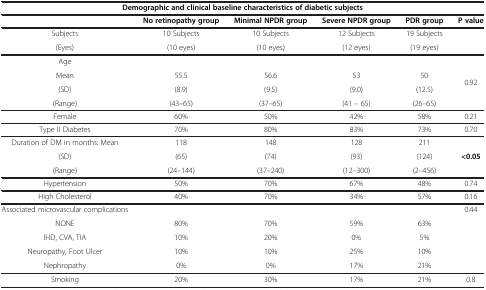
<table><thead><tr><td colspan="6"><b>Demographic and clinical baseline characteristics of diabetic subjects</b></td></tr><tr><td><b> </b></td><td><b>No retinopathy group</b></td><td><b>Minimal NPDR group</b></td><td><b>Severe NPDR group</b></td><td><b>PDR group</b></td><td><b>P value</b></td></tr></thead><tbody><tr><td>Subjects</td><td>10 Subjects</td><td>10 Subjects</td><td>12 Subjects</td><td>19 Subjects</td><td rowspan="2"> </td></tr><tr><td>(Eyes)</td><td>(10 eyes)</td><td>(10 eyes)</td><td>(12 eyes)</td><td>(19 eyes)</td></tr><tr><td>Age</td><td> </td><td> </td><td> </td><td> </td><td rowspan="4">0.92</td></tr><tr><td>Mean</td><td>55.5</td><td>56.6</td><td>53</td><td>50</td></tr><tr><td>(SD)</td><td>(8.9)</td><td>(9.5)</td><td>(9.0)</td><td>(12.5)</td></tr><tr><td>(Range)</td><td>(43–65)</td><td>(37–65)</td><td>(41 – 65)</td><td>(26–65)</td></tr><tr><td>Female</td><td>60%</td><td>50%</td><td>42%</td><td>58%</td><td>0.21</td></tr><tr><td>Type II Diabetes</td><td>70%</td><td>80%</td><td>83%</td><td>73%</td><td>0.70</td></tr><tr><td>Duration of DM in months: Mean</td><td>118</td><td>148</td><td>128</td><td>211</td><td rowspan="3"><b>&lt;0.05</b></td></tr><tr><td>(SD)</td><td>(65)</td><td>(74)</td><td>(93)</td><td>(124)</td></tr><tr><td>(Range)</td><td>(24–144)</td><td>(37–240)</td><td>(12–300)</td><td>(2–456)</td></tr><tr><td>Hypertension</td><td>50%</td><td>70%</td><td>67%</td><td>48%</td><td>0.74</td></tr><tr><td>High Cholesterol</td><td>40%</td><td>70%</td><td>34%</td><td>57%</td><td>0.16</td></tr><tr><td>Associated microvascular complications</td><td> </td><td> </td><td> </td><td> </td><td>0.44</td></tr><tr><td>NONE</td><td>80%</td><td>70%</td><td>59%</td><td>63%</td><td> </td></tr><tr><td>IHD, CVA, TIA</td><td>10%</td><td>20%</td><td>0%</td><td>5%</td><td> </td></tr><tr><td>Neuropathy, Foot Ulcer</td><td>10%</td><td>10%</td><td>25%</td><td>10%</td><td> </td></tr><tr><td>Nephropathy</td><td>0%</td><td>0%</td><td>17%</td><td>21%</td><td> </td></tr><tr><td>Smoking</td><td>20%</td><td>30%</td><td>17%</td><td>21%</td><td>0.8</td></tr></tbody></table>